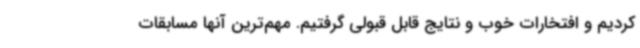
کردیم و افتخارات خوب و نتایج قابل قبولی گرفتیم. مهم‌ترین آنها مسابقات